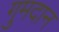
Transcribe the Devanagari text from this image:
गुमदान